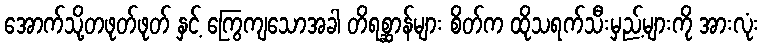
အောက်သို့တဖုတ်ဖုတ် နှင့် ကြွေကျသောအခါ တိရစ္ဆာန်များ စိတ်က ထိုသရက်သီးမှည့်များကို အားလုံး